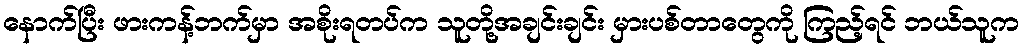
နောက်ပြီး ဖားကန့်ဘက်မှာ အစိုးရတပ်က သူတို့အချင်းချင်း မှားပစ်တာတွေကို ကြည့်ရင် ဘယ်သူက